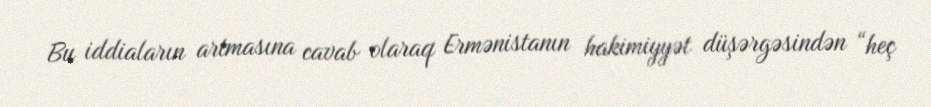
Bu iddiaların artmasına cavab olaraq Ermənistanın hakimiyyət düşərgəsindən “heç